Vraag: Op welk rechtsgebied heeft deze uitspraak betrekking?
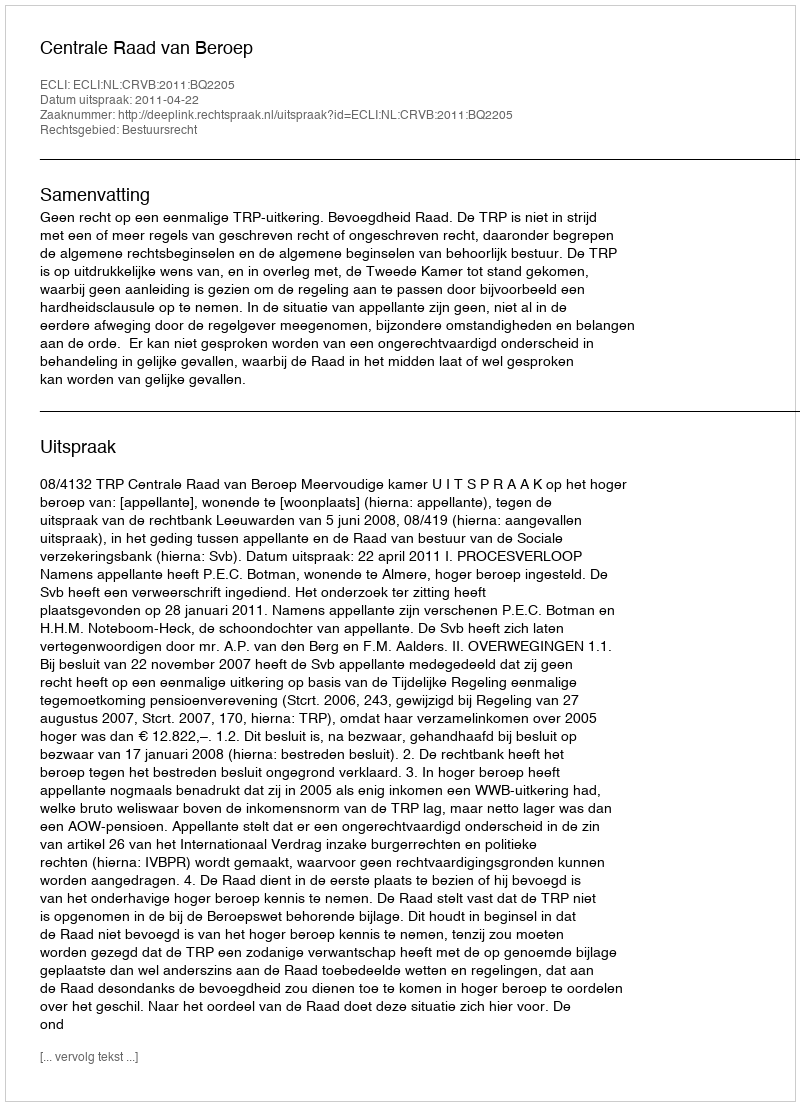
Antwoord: Bestuursrecht